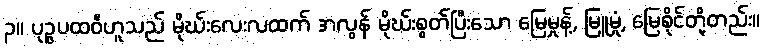
၃။ ပုဉ္ဇပထဝီဟူသည် မိုဃ်းလေးလထက် အလွန် မိုဃ်းစွတ်ပြီးသော မြေမှုန့်, မြူမှုံ, မြေစိုင်တို့တည်း။